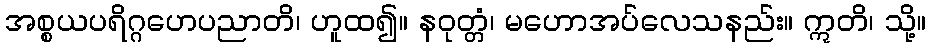
အစ္စယပရိဂ္ဂဟေပညာတိ၊ ဟူထ၍။ နဝုတ္တံ၊ မဟောအပ်လေသနည်း။ ဣတိ၊ သို့။